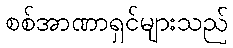
စစ်အာဏာရှင်များသည်